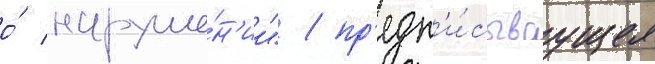
о́ наруше́н'ии" / пр'едп'и́сываущее